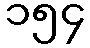
၁၅၄